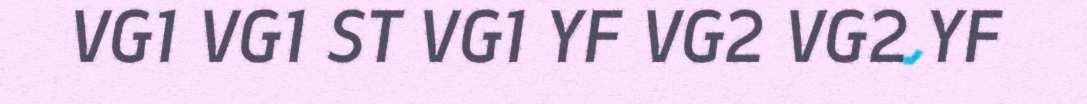
VG1 VG1 ST VG1 YF VG2 VG2 YF